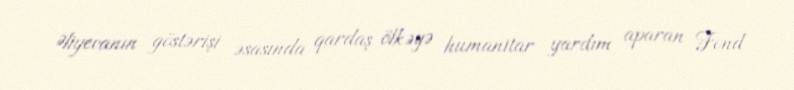
Əliyevanın göstərişi əsasında qardaş ölkəyə humanitar yardım aparan Fond